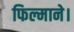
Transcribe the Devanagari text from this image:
फिल्माने।